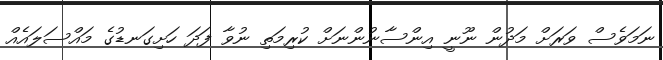
ނަމަވެސް ވަރަށް މަދުން ނޫނީ އިންސާނުންނަށް ކުރިމަތި ނުވާ ފަދަ ހަށިގަނޑުގެ މައްސަލައެއް